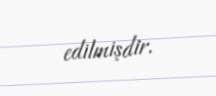
edilmişdir.